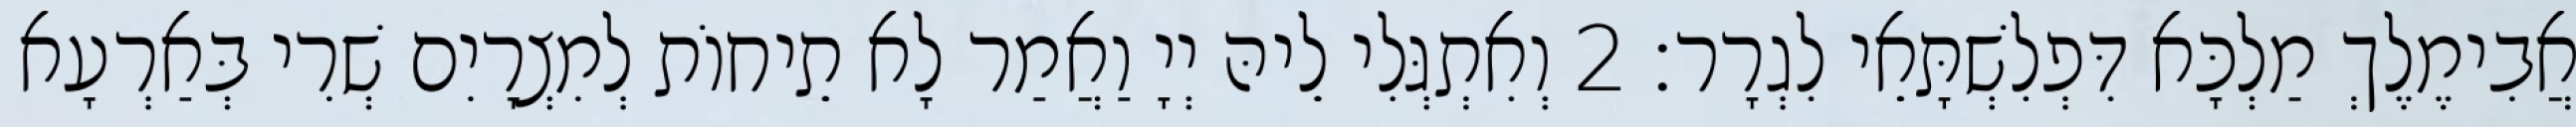
אֲבִימֶלֶךְ מַלְכָּא דִּפְלִשְׁתָּאֵי לִגְרָר׃ 2 וְאִתְגְּלִי לֵיהּ יְיָ וַאֲמַר לָא תֵיחוֹת לְמִצְרָיִם שְׁרִי בְּאַרְעָא